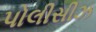
પોલીસીઝ